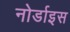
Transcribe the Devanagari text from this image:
नोर्डाइस